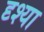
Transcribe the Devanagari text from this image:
दृश्या